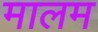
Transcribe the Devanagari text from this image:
मालम